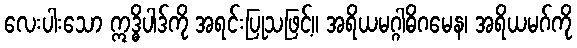
လေးပါးသော ဣဒ္ဓိပါဒ်ကို အရင်းပြုသဖြင့်။ အရိယမဂ္ဂါဓိဂမေန၊ အရိယမဂ်ကို